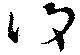
復